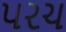
પરચ